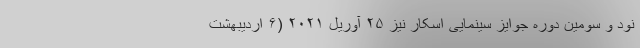
نود و سومین دوره جوایز سینمایی اسکار نیز ۲۵ آوریل ۲۰۲۱ (۶ اردیبهشت